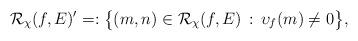
LaTeX: \begin{align*} \mathcal{R}_\chi(f,E)'=:\big\{(m,n)\in \mathcal{R}_\chi(f,E)\,:\,\upsilon_f(m)\neq 0\big\},\end{align*}